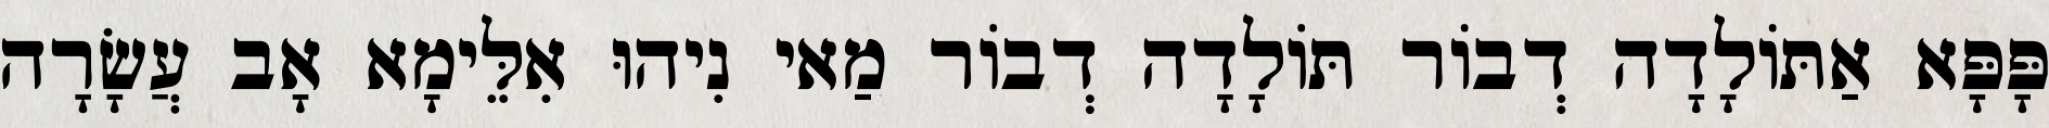
פָּפָּא אַתּוֹלָדָה דְבוֹר תּוֹלָדָה דְבוֹר מַאי נִיהוּ אִלֵּימָא אָב עֲשָׂרָה